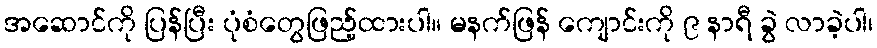
အဆောင်ကို ပြန်ပြီး ပုံစံတွေဖြည့်ထားပါ။ မနက်ဖြန် ကျောင်းကို ၉ နာရီ ခွဲ လာခဲ့ပါ၊